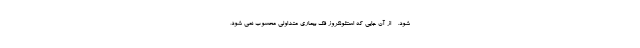
شود. - از آن جایی که استئونکروز فک بیماری متداولی محسوب نمی شود،